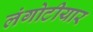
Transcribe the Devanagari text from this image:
लंगोटीयार